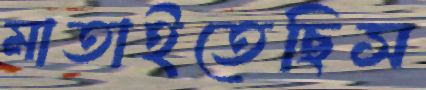
মাতাইতেছিস